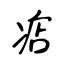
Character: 痁